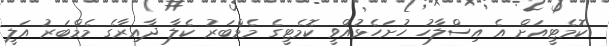
ކޮމެޓީއަށް އެ އިސްލާހު ހުށަހެޅުއްވީ ކޮމެޓީގެ މެމްބަރު ކެލާ ދާއިރާގެ މެމްބަރު އަލީ